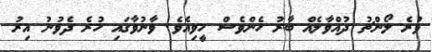
ވުރެ ލޯންޗު ދުއްވާލެއް ބާރު ހެންވެސް ހީވިއެވެ. ވާނުވާގައި ހުރެ ދެވުނު އިރު